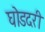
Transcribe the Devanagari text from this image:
घोडदरी